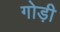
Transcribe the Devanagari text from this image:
गोड़ी